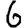
Digit: 6